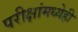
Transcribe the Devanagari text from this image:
परीक्षांमध्येही